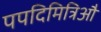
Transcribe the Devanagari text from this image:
पपदिमित्रिऔ